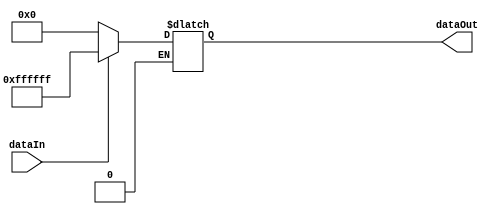
module overlayBitRepiter(

 //try making conditional clock signal
  input dataIn, //should be connected to rom


  output reg[23:0] dataOut //should be connected to 
);

always @ (*) //this might fix the latency issue
	begin
		if(dataIn == 1'b1)
			begin
				dataOut <= 24'b111111111111111111111111;
			end
			
		else if(dataIn == 1'b0)
			begin
				dataOut <= 0;//{2'b00,ppeIN[23:18],2'b00,ppeIN[15:10],2'b00,ppeIN[7:2]}; //trying for the transparencey
			end
	end
endmodule